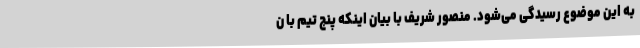
به این موضوع رسیدگی می‌شود. منصور شریف با بیان اینکه پنج تیم با ن